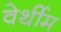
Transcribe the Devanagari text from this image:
वेर्थीम